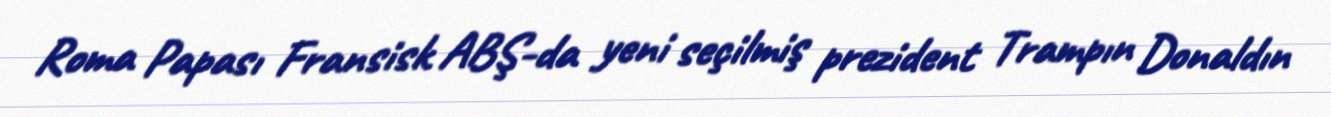
Roma Papası Fransisk ABŞ-da yeni seçilmiş prezident Trampın Donaldın